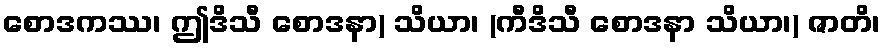
စောဒကဿ၊ ဤဒိသီ စောဒနာ) သိယာ၊ (ကီဒိသီ စောဒနာ သိယာ၊) ဇာတိ၊